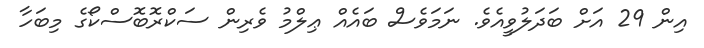
އިން 29 އަށް ބަދަލުވީއެވެ. ނަމަވެސް ބައެއް ޢިލްމު ވެރިން ސަކްރޮބޮސްކޯގެ މިބަހާ